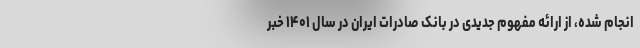
انجام شده، از ارائه مفهوم جدیدی در بانک صادرات ایران در سال ۱۴۰۱ خبر